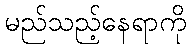
မည်သည့်နေရာကို